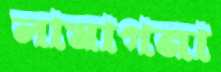
লামাগনা